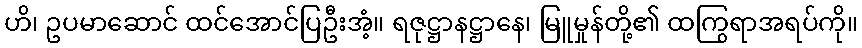
ဟိ၊ ဥပမာဆောင် ထင်အောင်ပြဦးအံ့။ ရဇုဋ္ဌာနဋ္ဌာနေ၊ မြူမှုန်တို့၏ ထကြွရာအရပ်ကို။